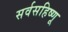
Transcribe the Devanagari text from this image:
सर्वसहिष्णू